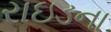
રાઇડના